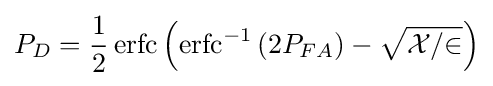
P_{D}={\frac {1}{2}}\operatorname {erfc} \left(\operatorname {erfc} ^{-1}\left(2P_{FA}\right)-{\sqrt {\mathcal {X/2}}}\right)